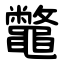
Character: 鼈